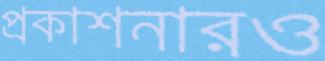
প্রকাশনারও